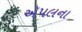
ઍપલના